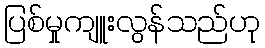
ပြစ်မှုကျူးလွန်သည်ဟု